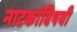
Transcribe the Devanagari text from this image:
नाटकांविषयी